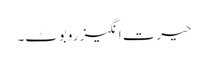
حیرت انگیز روبوٹ۔